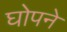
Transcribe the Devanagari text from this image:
घोपने